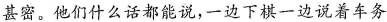
甚密。他们什么话都能说，一边下棋一边说着车务